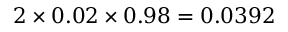
2 \times 0 . 0 2 \times 0 . 9 8 = 0 . 0 3 9 2